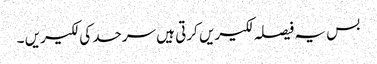
بس یہ فیصلہ لکیریں کرتی ہیں سرحد کی لکیریں ۔